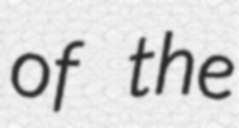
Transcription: of the